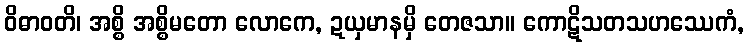
ဝိဓာဝတိ၊ အစ္စိ အစ္စိမတော လောကေ, ဍယှမာနမှိ တေဇသာ။ ကောဋိသတသဟဿေကံ,